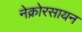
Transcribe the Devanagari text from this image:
नेक्रोरसायन